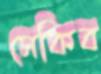
সেকিব